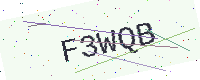
Text: F3WQB